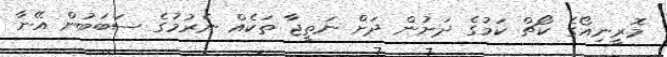
މޮރީނިއޯގެ ކޯޗް ކަމުގެ ދަށުން ދަށް ނަތީޖާ ތަކެއް ނެރުމުގެ ސަބަބުން އޭނާ